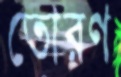
তোরণ